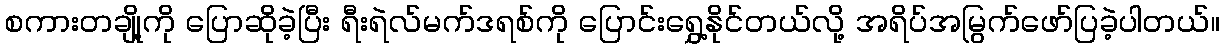
စကားတချို့ကို ပြောဆိုခဲ့ပြီး ရီးရဲလ်မက်ဒရစ်ကို ပြောင်းရွှေ့နိုင်တယ်လို့ အရိပ်အမြွက်ဖော်ပြခဲ့ပါတယ်။